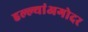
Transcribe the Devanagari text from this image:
हल्ल्यांअगोदर